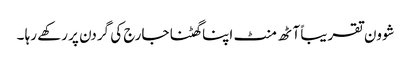
شوون تقریباً آٹھ منٹ اپنا گھٹنا جارج کی گردن پر رکھے رہا ۔